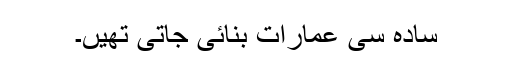
سادہ سی عمارات بنائی جاتی تھیں۔